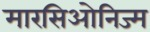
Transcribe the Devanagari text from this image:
मारसिओनिज्म